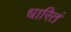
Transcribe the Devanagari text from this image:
धारितं